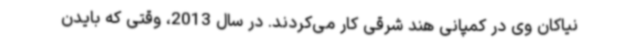
نیاکان وی در کمپانی هند شرقی کار می‌کردند. در سال 2013، وقتی که بایدن